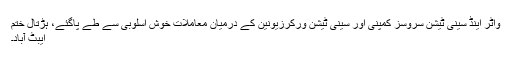
واٹر اینڈ سینی ٹیشن سروسز کمپنی اور سینی ٹیشن ورکرزیونین کے درمیان معاملات خوش اسلوبی سے طے پاگئے، ہڑتال ختم
ایبٹ آباد۔